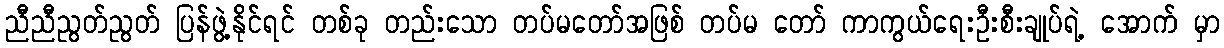
ညီညီညွတ်ညွတ် ပြန်ဖွဲ့နိုင်ရင် တစ်ခု တည်းသော တပ်မတော်အဖြစ် တပ်မ တော် ကာကွယ်ရေးဦးစီးချုပ်ရဲ့ အောက် မှာ